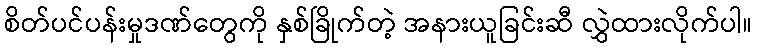
စိတ်ပင်ပန်းမှုဒဏ်တွေကို နှစ်ခြိုက်တဲ့ အနားယူခြင်းဆီ လွှဲထားလိုက်ပါ။